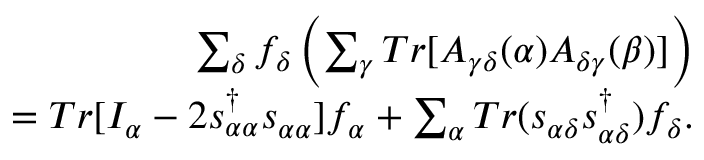
\begin{array} { r } { \sum _ { \delta } f _ { \delta } \left( \sum _ { \gamma } T r [ A _ { \gamma \delta } ( \alpha ) A _ { \delta \gamma } ( \beta ) ] \right) } \\ { = T r [ I _ { \alpha } - 2 s _ { \alpha \alpha } ^ { \dagger } s _ { \alpha \alpha } ] f _ { \alpha } + \sum _ { \alpha } T r ( s _ { \alpha \delta } s _ { \alpha \delta } ^ { \dagger } ) f _ { \delta } . } \end{array}